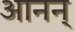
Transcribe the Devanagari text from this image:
आनन्